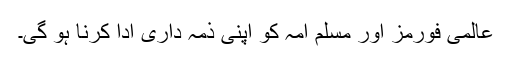
عالمی فورمز اور مسلم امہ کو اپنی ذمہ داری ادا کرنا ہو گی۔